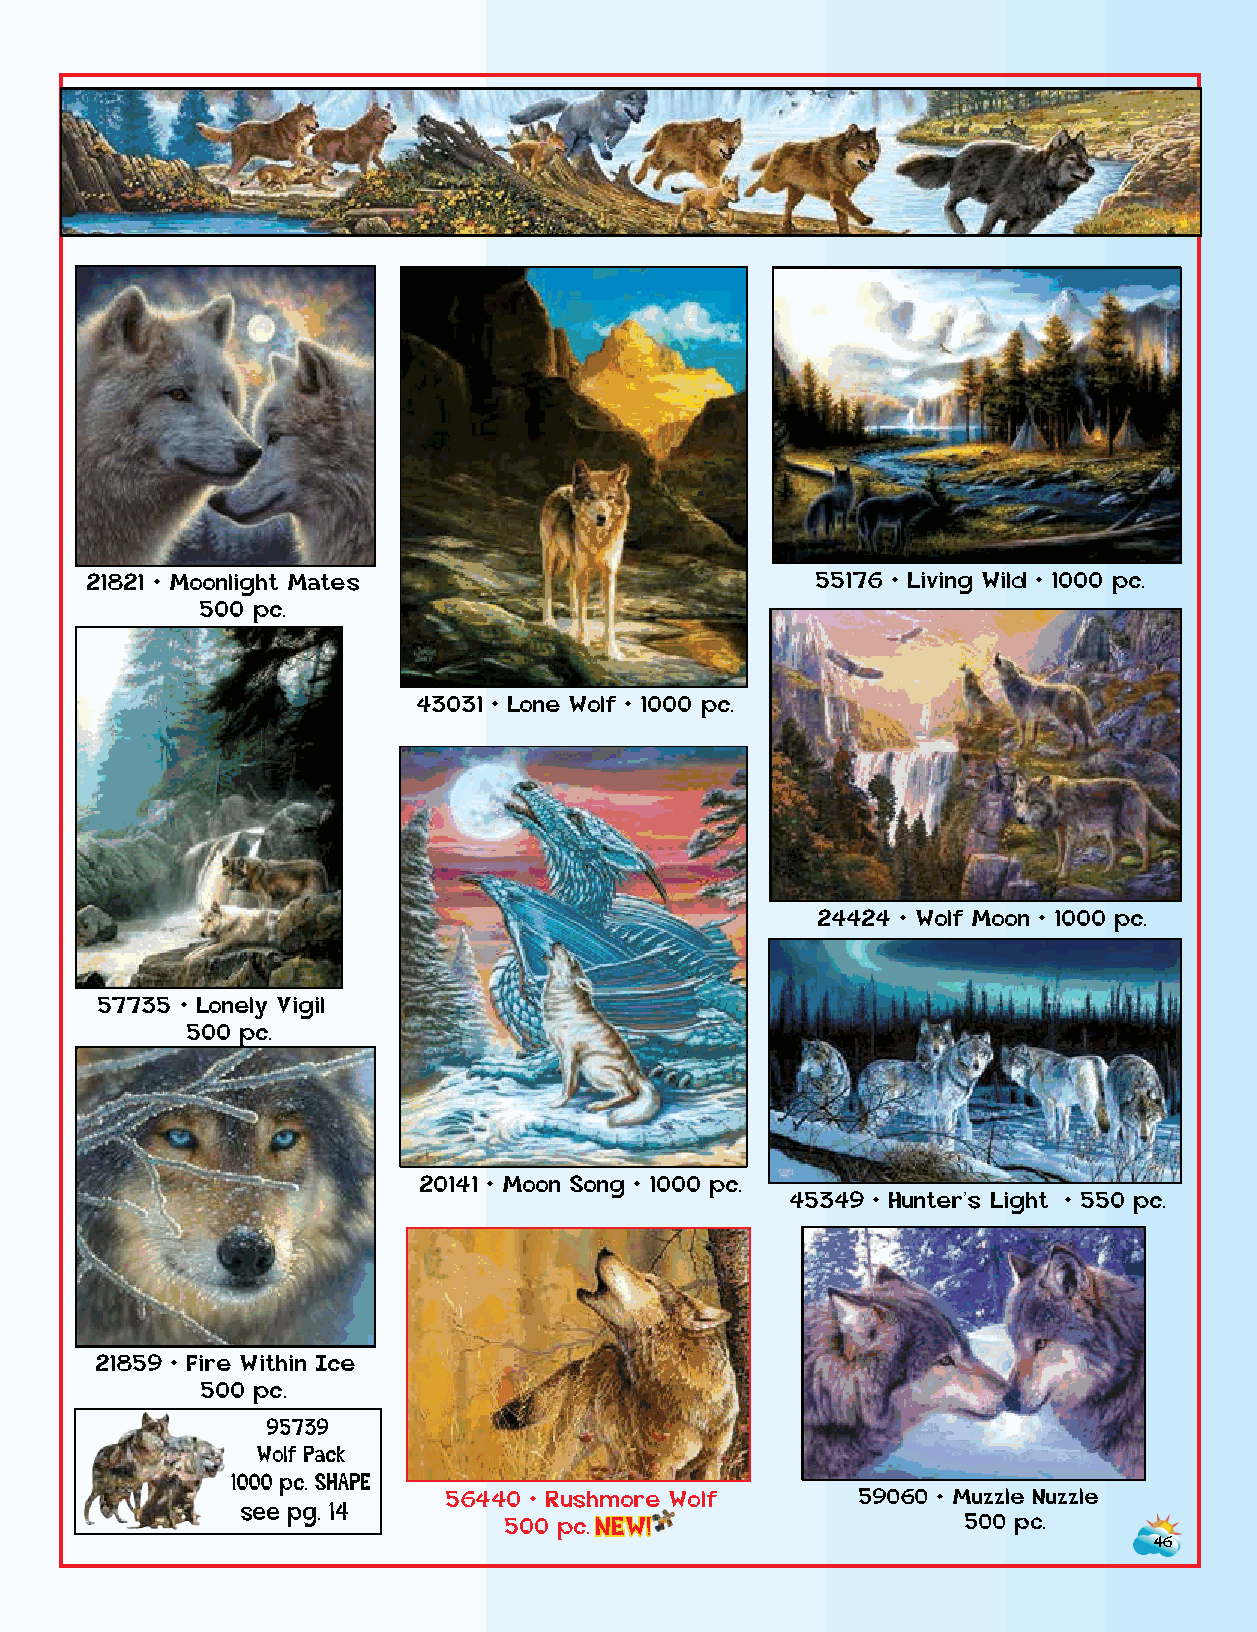
21821 • Moonlight Mates                         55176 • Living Wild • 1000 pc.
 500 pc.
 43031 • Lone Wolf • 1000 pc.
 24424 • Wolf Moon • 1000 pc.
 57735 • Lonely Vigil
 500 pc.
 20141 • Moon Song • 1000 pc.
 45349 • Hunter’s Light • 550 pc.
 21859 • Fire Within Ice
 500 pc.
 95739
 Wolf Pack
 1000 pc. SHAPE
 56440 • Rushmore Wolf      59060 • Muzzle Nuzzle
 see pg. 14
 500 p c . NEW!                 500 pc.
 46